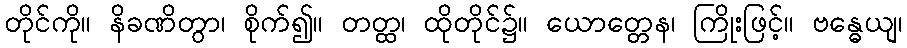
တိုင်ကို။ နိခဏိတွာ၊ စိုက်၍။ တတ္ထ၊ ထိုတိုင်၌။ ယောတ္တေန၊ ကြိုးဖြင့်။ ဗန္ဓေယျ၊